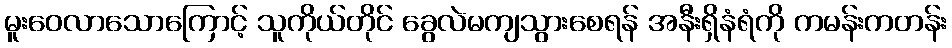
မူးဝေလာသောကြောင့် သူကိုယ်တိုင် ခွေလဲမကျသွားစေရန် အနီးရှိနံရံကို ကမန်းကတန်း